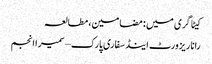
کیٹاگری میں : مضامین، مطالعہ
رانا ریزورٹ اینڈ سفاری پارک – سمیرا انجم